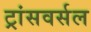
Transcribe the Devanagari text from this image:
ट्रांसवर्सल